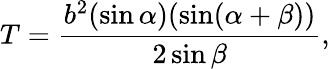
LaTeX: T={\frac{b^{2}(\sin\alpha)(\sin(\alpha+\beta))}{2\sin\beta}},